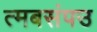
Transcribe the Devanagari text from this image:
त्मबसंपउ